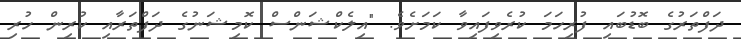
ދަފްތަރުގެ ބޮޑުބައި ފުރިހަމަ ކުރެވިފައިވާ ކަމަށެވެ. "އިލެކްޝަންސް ކޮމިޝަނުގެ ދަފްތަރާއި ކުރިން ހުރި